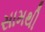
સામથી